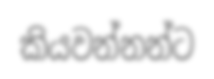
කියවන්නන්ට